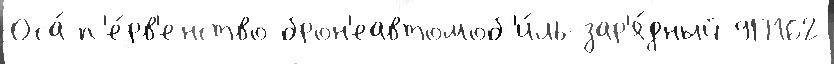
Оса́ п'е́рв'енство брон'еавтомоб'и́ль-зар'я́дный 9П162